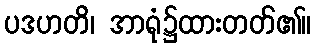
ပဒဟတိ၊ အာရုံ၌ထားတတ်၏။